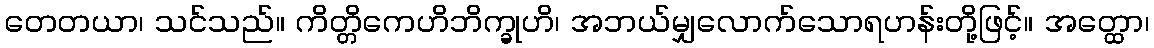
တေတယာ၊ သင်သည်။ ကိတ္တိကေဟိဘိက္ခုဟိ၊ အဘယ်မျှလောက်သောရဟန်းတို့ဖြင့်။ အတ္ထော၊